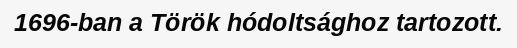
1696-ban a Török hódoltsághoz tartozott.